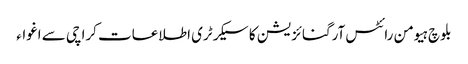
بلوچ ہیومن رائٹس آرگنائزیشن کا سیکرٹری اطلاعات کراچی سے اغواء